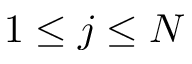
1 \le j \le N